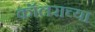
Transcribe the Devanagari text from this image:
कॉलराच्या